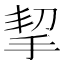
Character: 挈